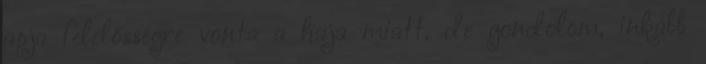
apja felelősségre vonta a haja miatt, de gondolom, inkább